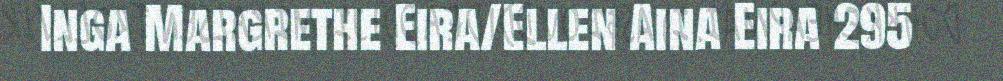
Inga Margrethe Eira/Ellen Aina Eira 295